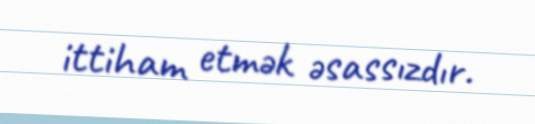
ittiham etmək əsassızdır.